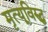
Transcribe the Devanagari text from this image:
मृत्यूविरुद्ध